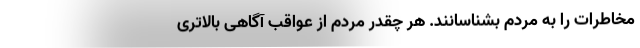
مخاطرات را به مردم بشناسانند. هر چقدر مردم از عواقب آگاهی بالاتری